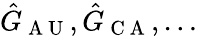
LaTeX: \hat{G}_{\mathrm{~A~U~}},\hat{G}_{\mathrm{~C~A~}},\dots